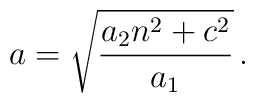
a = \sqrt{\frac{a_2 n^2 +c^2}{a_1}}\, .